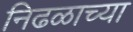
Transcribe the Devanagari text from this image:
निढळाच्या